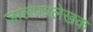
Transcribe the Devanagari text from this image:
जालपत्रले़खक